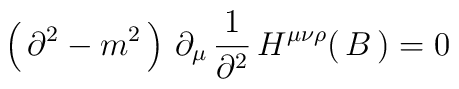
\left(\,\partial^2 -m^2 \,\right)\,\partial_\mu\, {1\over \partial^2} 	\, H^{\mu\nu\rho}(\,B\,)= 0